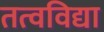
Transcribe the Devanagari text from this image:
तत्वविद्या